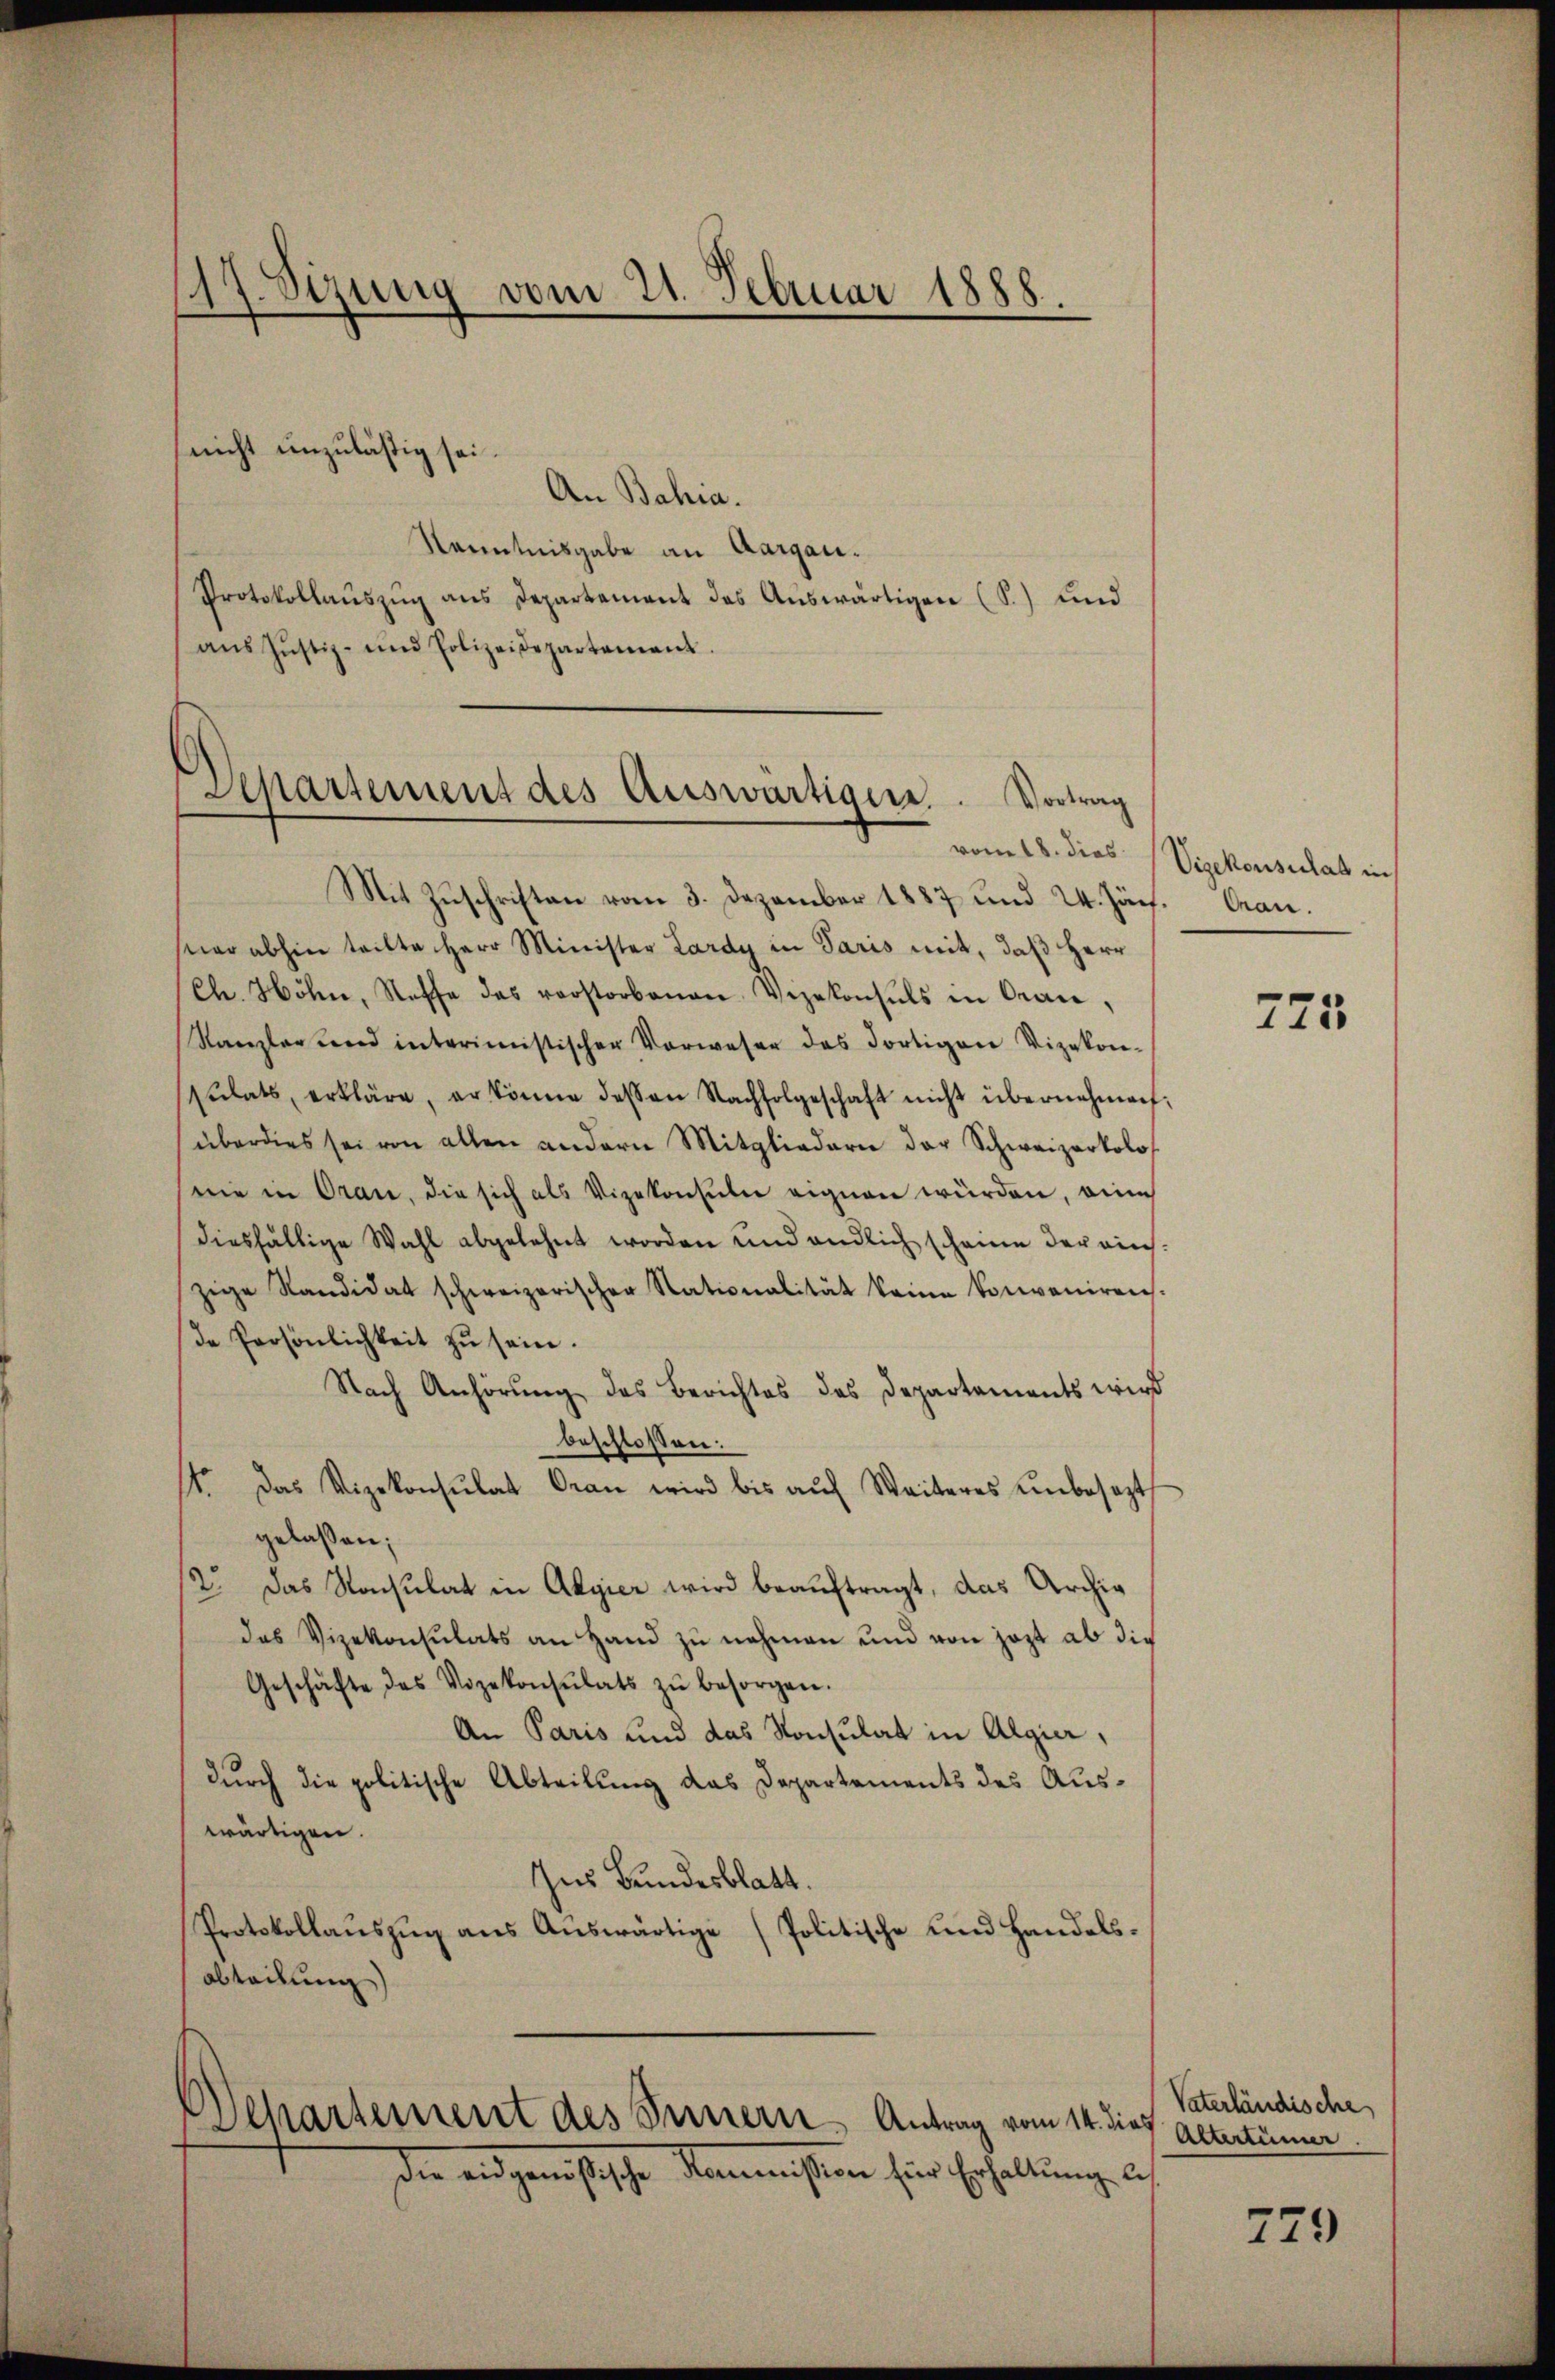
17. Sizung vom 21. Februar 1888.
.

Departement des Auswärtiger. . Vortrag

Mit Zŭschriften vom 3. Dezember 1887 und 24. Jän. Gran.
spar abhin teilte Herr Minister Lardy in Paris mit, daß Herr
Ch. Höhn, Stoffe des vorstorbenen Vizekonsuls in Oran,
Kanzler und interimistischen Vorweser das dortigen Vizekon-
sŭlats, erkläre, er könne dessen Nachfolgeschaft nicht übernehmen:
(überdies sei von allen andern Mitgliedern der Schweizerkolos
nie in Oran, die sich als Vizekonsulen eignen würden, eine
diesfällige Wahl abgelehnt worden und endlich scheine der richzige Kandidat schweizerischer Stationalität keine konvenirens.
de Persönlichkeit zu sein.
Nach Anhörŭng des Berichtes des Departements wird
beschlossen:
1o. Das Vizekonsulat Cran wird bis aŭf Weiteres ŭnbesezt
gelassen;
12. Das Konsulat in Algier wird beauftragt, das Archig
das Vizekonsulats an Hand zu nehmen und von jezt ab die
Geschäfte des Vozekonsulats zŭ besorgen.
An Paris und das Konsulat in Algier,
durch die politische Abteilung das Departements des Auswärtigen.
Ins Bundesblatt.
Protokollauszug aus Auswärtige (Politische und Handelsabteilung)

Dehartement des Innern, Antrag vom 14. dies
die ausgenößischen Raumeisten sind Erhaltung an

nicht unzulässig sei
An Bahia.
Kenntnisgabe an Aargau¬
Protokollaŭszŭg ans Departement des Aŭswärtigen (S.) und
ans Justiz- und Polizeidepartement.

vom 18. dies Vizekonsulat in

725

Vaterländische
Acartümer

779